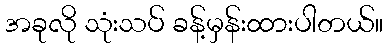
အခုလို သုံးသပ် ခန့်မှန်းထားပါတယ်။